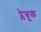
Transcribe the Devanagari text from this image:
प्लेबूक